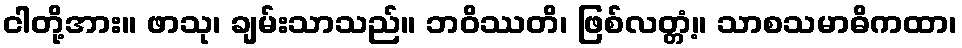
ငါတို့အား။ ဖာသု၊ ချမ်းသာသည်။ ဘဝိဿတိ၊ ဖြစ်လတ္တံ့။ သာစသမာဓိကထာ၊